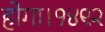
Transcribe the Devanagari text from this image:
होगा।१४९२